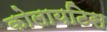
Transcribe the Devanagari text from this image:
कोलायटिस